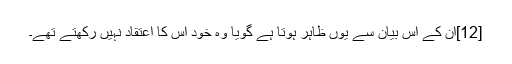
[12]ان کے اس بیان سے یوں ظاہر ہوتا ہے گویا وہ خود اس کا اعتقاد نہیں رکھتے تھے۔